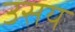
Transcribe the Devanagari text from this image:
उसय